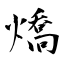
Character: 燆